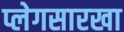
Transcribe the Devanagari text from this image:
प्लेगसारखा